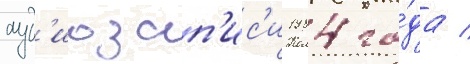
ауд'иозап'ис'и 1984 го́да /